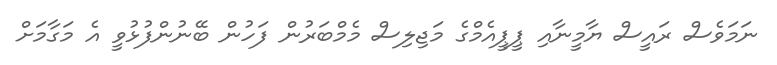
ނަމަވެސް ރައީސް ޔާމީނާއި ޕީޕީއެމްގެ މަޖިލިސް މެމްބަރުން ފަހުން ބޭނުންފުޅުވީ އެ މަގާމަށް